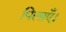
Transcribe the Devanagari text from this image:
पिलाएँ।